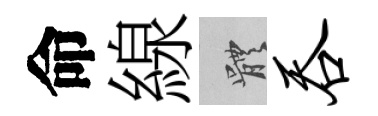
命線體吞